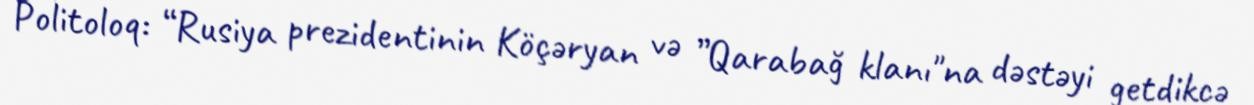
Politoloq: “Rusiya prezidentinin Köçəryan və ”Qarabağ klanı"na dəstəyi getdikcə